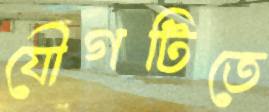
যৌগটিতে